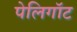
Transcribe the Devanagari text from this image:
पेलिगॉट